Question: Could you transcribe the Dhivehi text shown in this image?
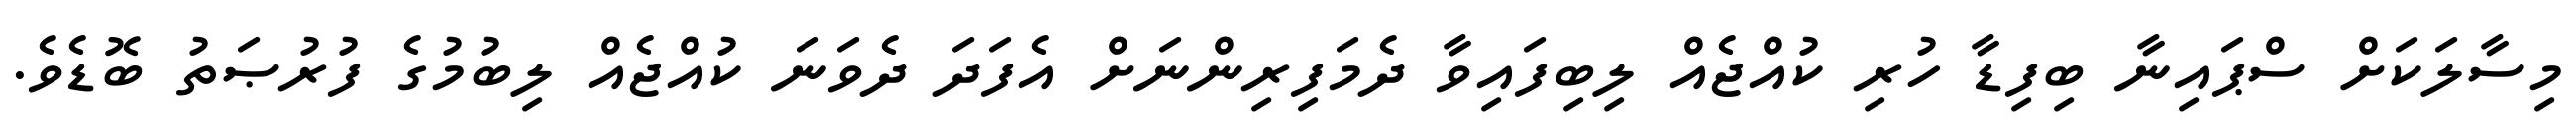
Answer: މިސާލަކަށް ސްޕައިނާ ބިފިޑާ ހުރި ކުއްޖެއް ލިބިފައިވާ ދެމަފިރިންނަށް އެފަދަ ދެވަނަ ކުއްޖެއް ލިބުމުގެ ފުރުޞަތު ބޮޑެވެ.